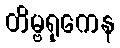
တိမ္ဗရုကေန